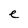
Character: e